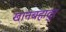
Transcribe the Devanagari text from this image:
खानबहादुर